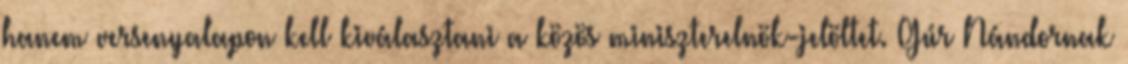
hanem versenyalapon kell kiválasztani a közös miniszterelnök-jelöltet. Gúr Nándornak